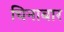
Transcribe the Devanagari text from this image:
चिनाबार